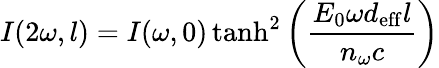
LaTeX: I(2\omega,l)=I(\omega,0)\operatorname{tanh}^{2}{\left({\frac{E_{0}\omega d_{\mathrm{eff}}l}{n_{\omega}c}}\right)}